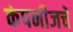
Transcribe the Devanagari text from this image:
कंपनीजचे